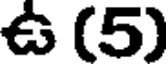
ఉ (5)